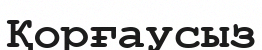
Қорғаусыз